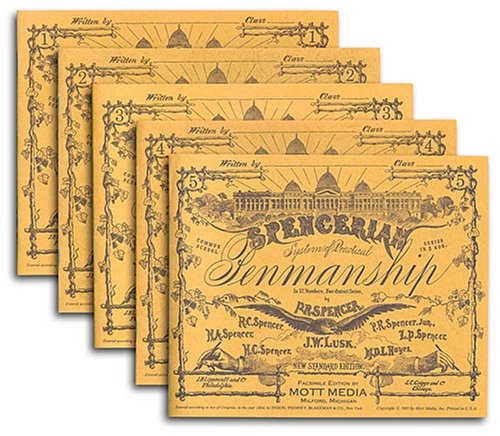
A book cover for Spencerian Copybooks 1-5, Set, without Theory Book (Spencerian Penmanship); P. R. Spencer; Reference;